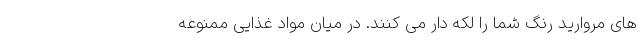
های مروارید رنگ شما را لکه دار می کنند. در میان مواد غذایی ممنوعه